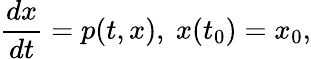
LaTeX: {\frac{dx}{dt}}=p(t,x),~x(t_{0})=x_{0},